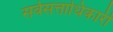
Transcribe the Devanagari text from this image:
सर्वसत्ताधिकारी